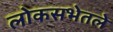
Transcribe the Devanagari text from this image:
लोकसभेतले